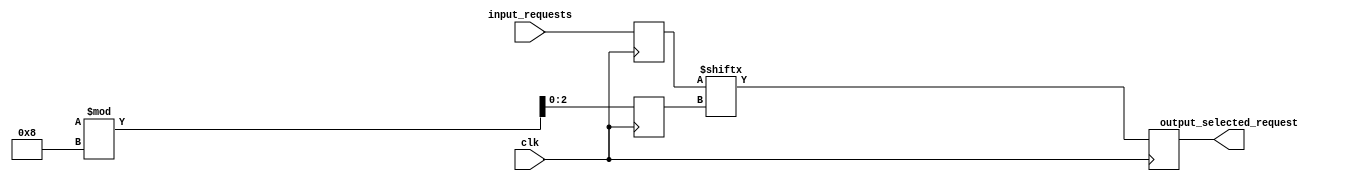
module RandomArbiter (
    input wire clk,
    input wire [7:0] input_requests,
    output reg output_selected_request
);

reg [7:0] synchronized_requests;
reg [2:0] random_selection;

always @(posedge clk) begin
    // Synchronize input requests to common clock domain
    synchronized_requests <= input_requests;
    
    // Generate random selection
    random_selection <= $random % 8;
    
    // Select the request to be processed
    output_selected_request <= synchronized_requests[random_selection];
end

endmodule